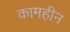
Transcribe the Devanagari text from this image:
कामहीन